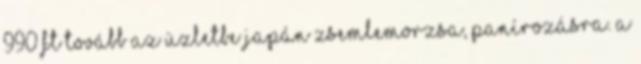
990 Ft Tovább az üzletbe Japán zsemlemorzsa, panírozásra. A